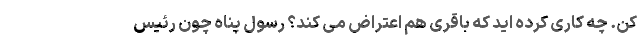
کن. چه کاری کرده اید که باقری هم اعتراض می کند؟ رسول پناه چون رئیس